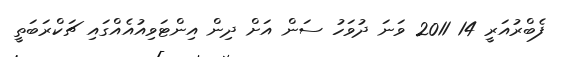
ފެބްރުއަރީ 14 2011 ވަނަ ދުވަހު ސަން އަށް ދިން އިންޓަވިއުއެއްގައި ޗަކްރަބަތީ